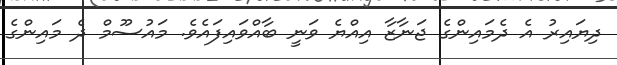
ދިޔައިރު އެ ދެމައިންގެ ޖަނާޒާ އިއްޔެ ވަނީ ބާއްވައިފައެވެ. މައުސޫމް ދެ މައިންގެ